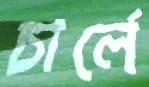
চার্লে